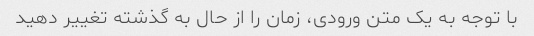
با توجه به یک متن ورودی، زمان را از حال به گذشته تغییر دهید